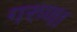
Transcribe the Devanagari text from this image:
गरुणा